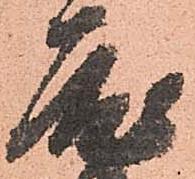
度